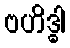
ဗဟိဒ္ဓါ